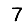
Digit: 7